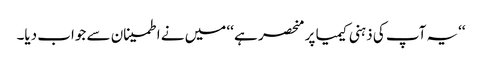
‘‘یہ آپ کی ذہنی کیمیا پر منحصر ہے ‘‘ میں نے اطمینان سے جواب دیا۔